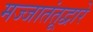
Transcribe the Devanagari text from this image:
मज्जातंतूद्वारे